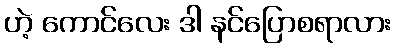
ဟဲ့ ကောင်လေး ဒါ နင်ပြောစရာလား